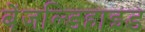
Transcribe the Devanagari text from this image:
बेंजल्डिहाइड